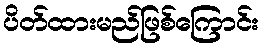
ပိတ်ထားမည်ဖြစ်ကြောင်း